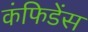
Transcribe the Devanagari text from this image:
कंफिडेंस